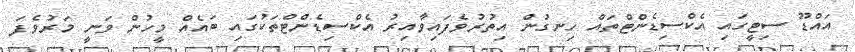
އައްޑޫ ސިޓީގައި އެކްސިޑެންޓްތައް ހިނގުން އިތުރުވެފައިވާއިރު އެކްސިޑެންޓްތަކުގައި ބައެއް މީހުން ވަނީ މަރުވެފަ